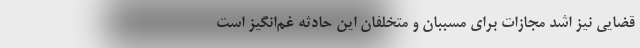
قضایی نیز اشد مجازات برای مسببان و متخلفان این حادثه غم‌انگیز است